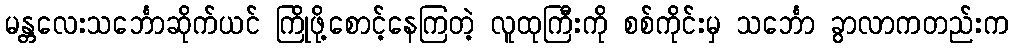
မန္တလေးသင်္ဘောဆိုက်ယင် ကြိုဖို့စောင့်နေကြတဲ့ လူထုကြီးကို စစ်ကိုင်းမှ သင်္ဘော ခွာလာကတည်းက